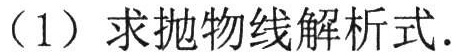
(1) 求抛物线解析式.